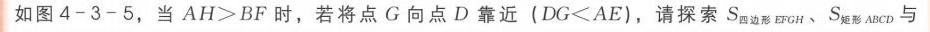
如图4 - 3 - 5，当 \(AH>BF\) 时，若将点 \(G\) 向点 \(D\) 靠近（\(DG<AE\)），请探索 \(S_{四边形EFGH}\)、\(S_{矩形ABCD}\) 与